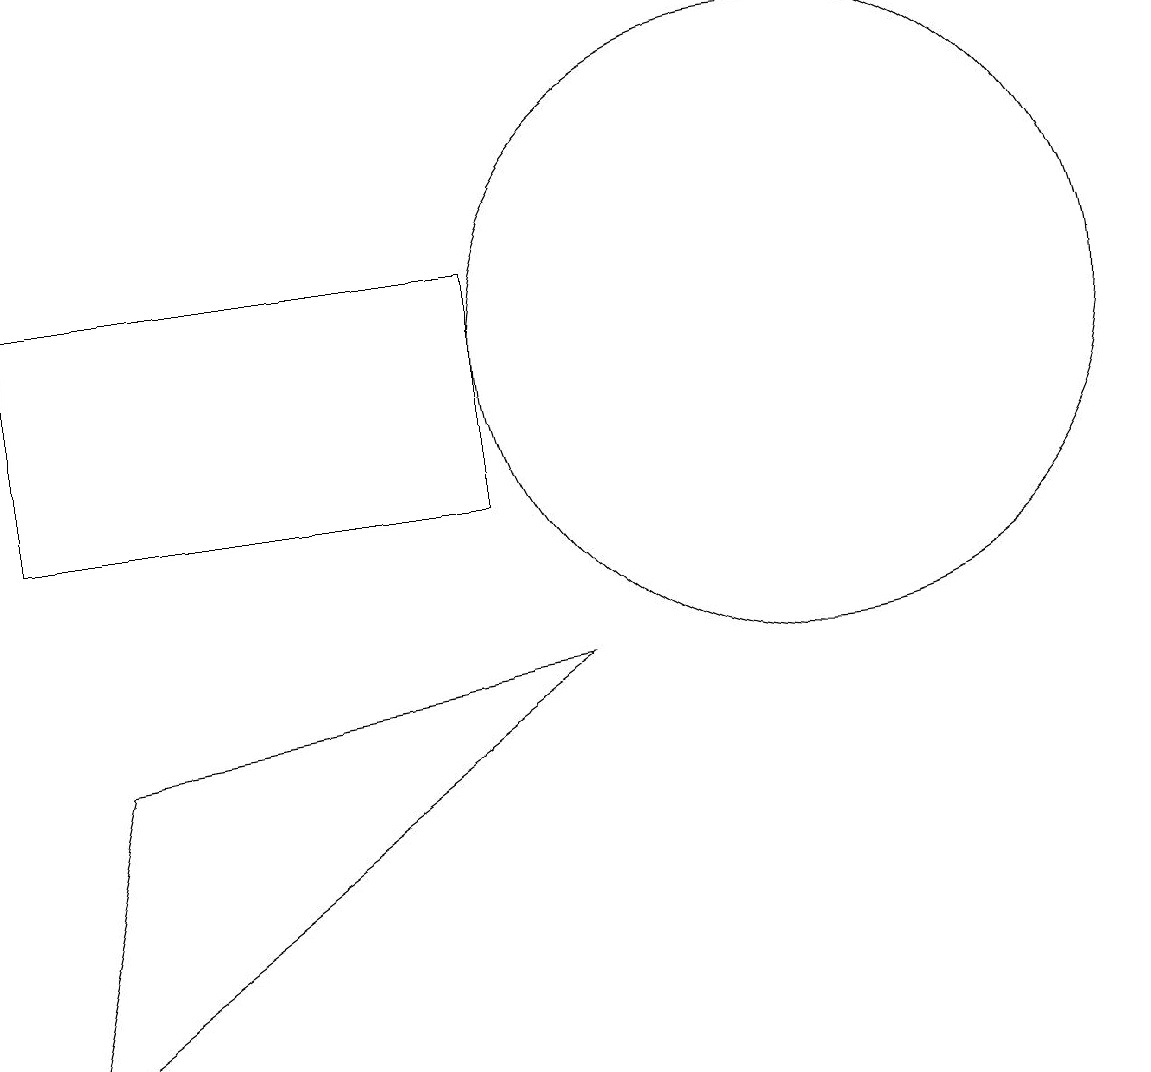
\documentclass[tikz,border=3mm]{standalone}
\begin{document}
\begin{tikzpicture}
\draw (2,13) rectangle (8,10);
\draw (2,3) -- (9,8) -- (3,7) -- cycle;
\draw (12,12) circle (4);
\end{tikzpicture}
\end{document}